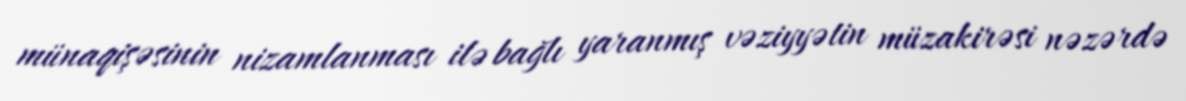
münaqişəsinin nizamlanması ilə bağlı yaranmış vəziyyətin müzakirəsi nəzərdə